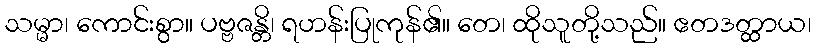
သမ္မာ၊ ကောင်းစွာ။ ပဗ္ဗဇန္တိ၊ ရဟန်းပြုကုန်၏။ တေ၊ ထိုသူတို့သည်။ ဧတဒတ္ထာယ၊